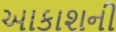
આકાશની